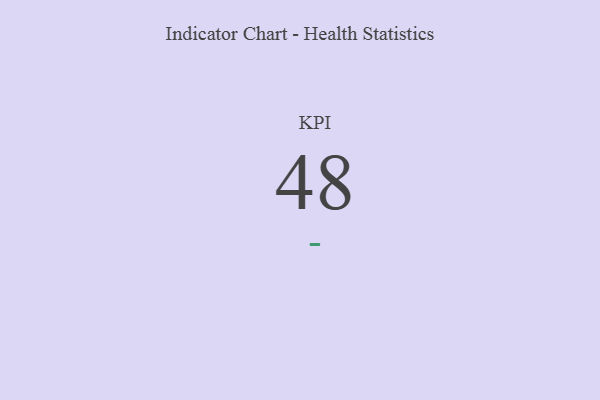
{"axis": {"x": "KPI", "y": "Value"}, "legend": [""], "data": [{"x": "KPI", "y": 48, "type": ""}]}